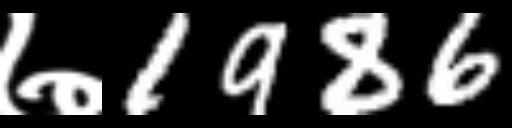
Text: ७1986